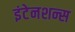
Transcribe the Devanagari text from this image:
इंटेनशन्स